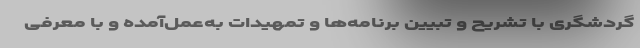
گردشگری با تشریح و تبیین برنامه‌ها و تمهیدات به‌عمل‌آمده و با معرفی